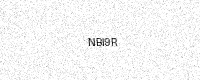
Text: NBI9R